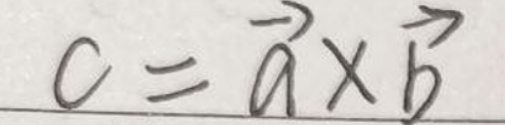
$c = \vec{a} \times \vec{b}$